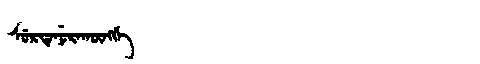
Manchu: ᠰᡠᡵᡨᡝᠨᡠᡵᠠᡴᡡᠩᡤᡝ
Romanization: SURTENURAKŪNGGE